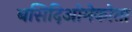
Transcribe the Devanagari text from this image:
बसिदिओमेकोता